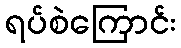
ရပ်စဲကြောင်း